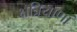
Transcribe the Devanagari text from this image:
क्षत्रियाणां